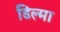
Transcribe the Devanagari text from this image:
डिल्मा